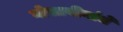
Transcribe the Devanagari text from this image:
गोसावीयांचे